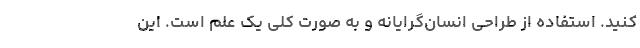
کنید. استفاده از طراحی انسان‌گرایانه و به صورت کلی یک علم است. این